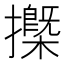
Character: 𢷽